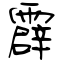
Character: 霹